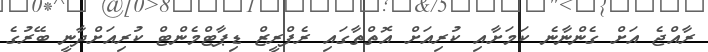
ރާއްޖެ އަށް ގެންނާނެ ކަމަށާއި ކުރިއަށް އޮތްތާގައި ރެފްރީޒް ޑިޕާޓްމެންޓް ކުރިއަށްދާނީ ބޭރުގެ